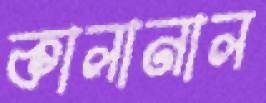
কালানাল